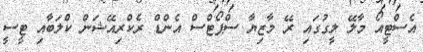
އެސްޓީއޯ މާލޭ ލީގުގައި ރޭ މާޒިޔާ ސްޕޯޓްސް އެންޑް ރެކްރިއޭޝަން ކްލަބާއި ޓީސީ